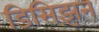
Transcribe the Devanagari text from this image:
डिसिझ़न